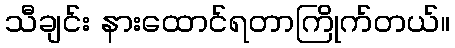
သီချင်း နားထောင်ရတာကြိုက်တယ်။